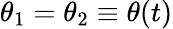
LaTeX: \theta_{1}=\theta_{2}\equiv\theta(t)